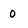
Character: 0